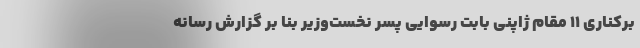
برکناری ۱۱ مقام ژاپنی بابت رسوایی پسر نخست‌وزیر بنا بر گزارش رسانه‌